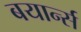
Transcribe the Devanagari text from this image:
बयार्न्स